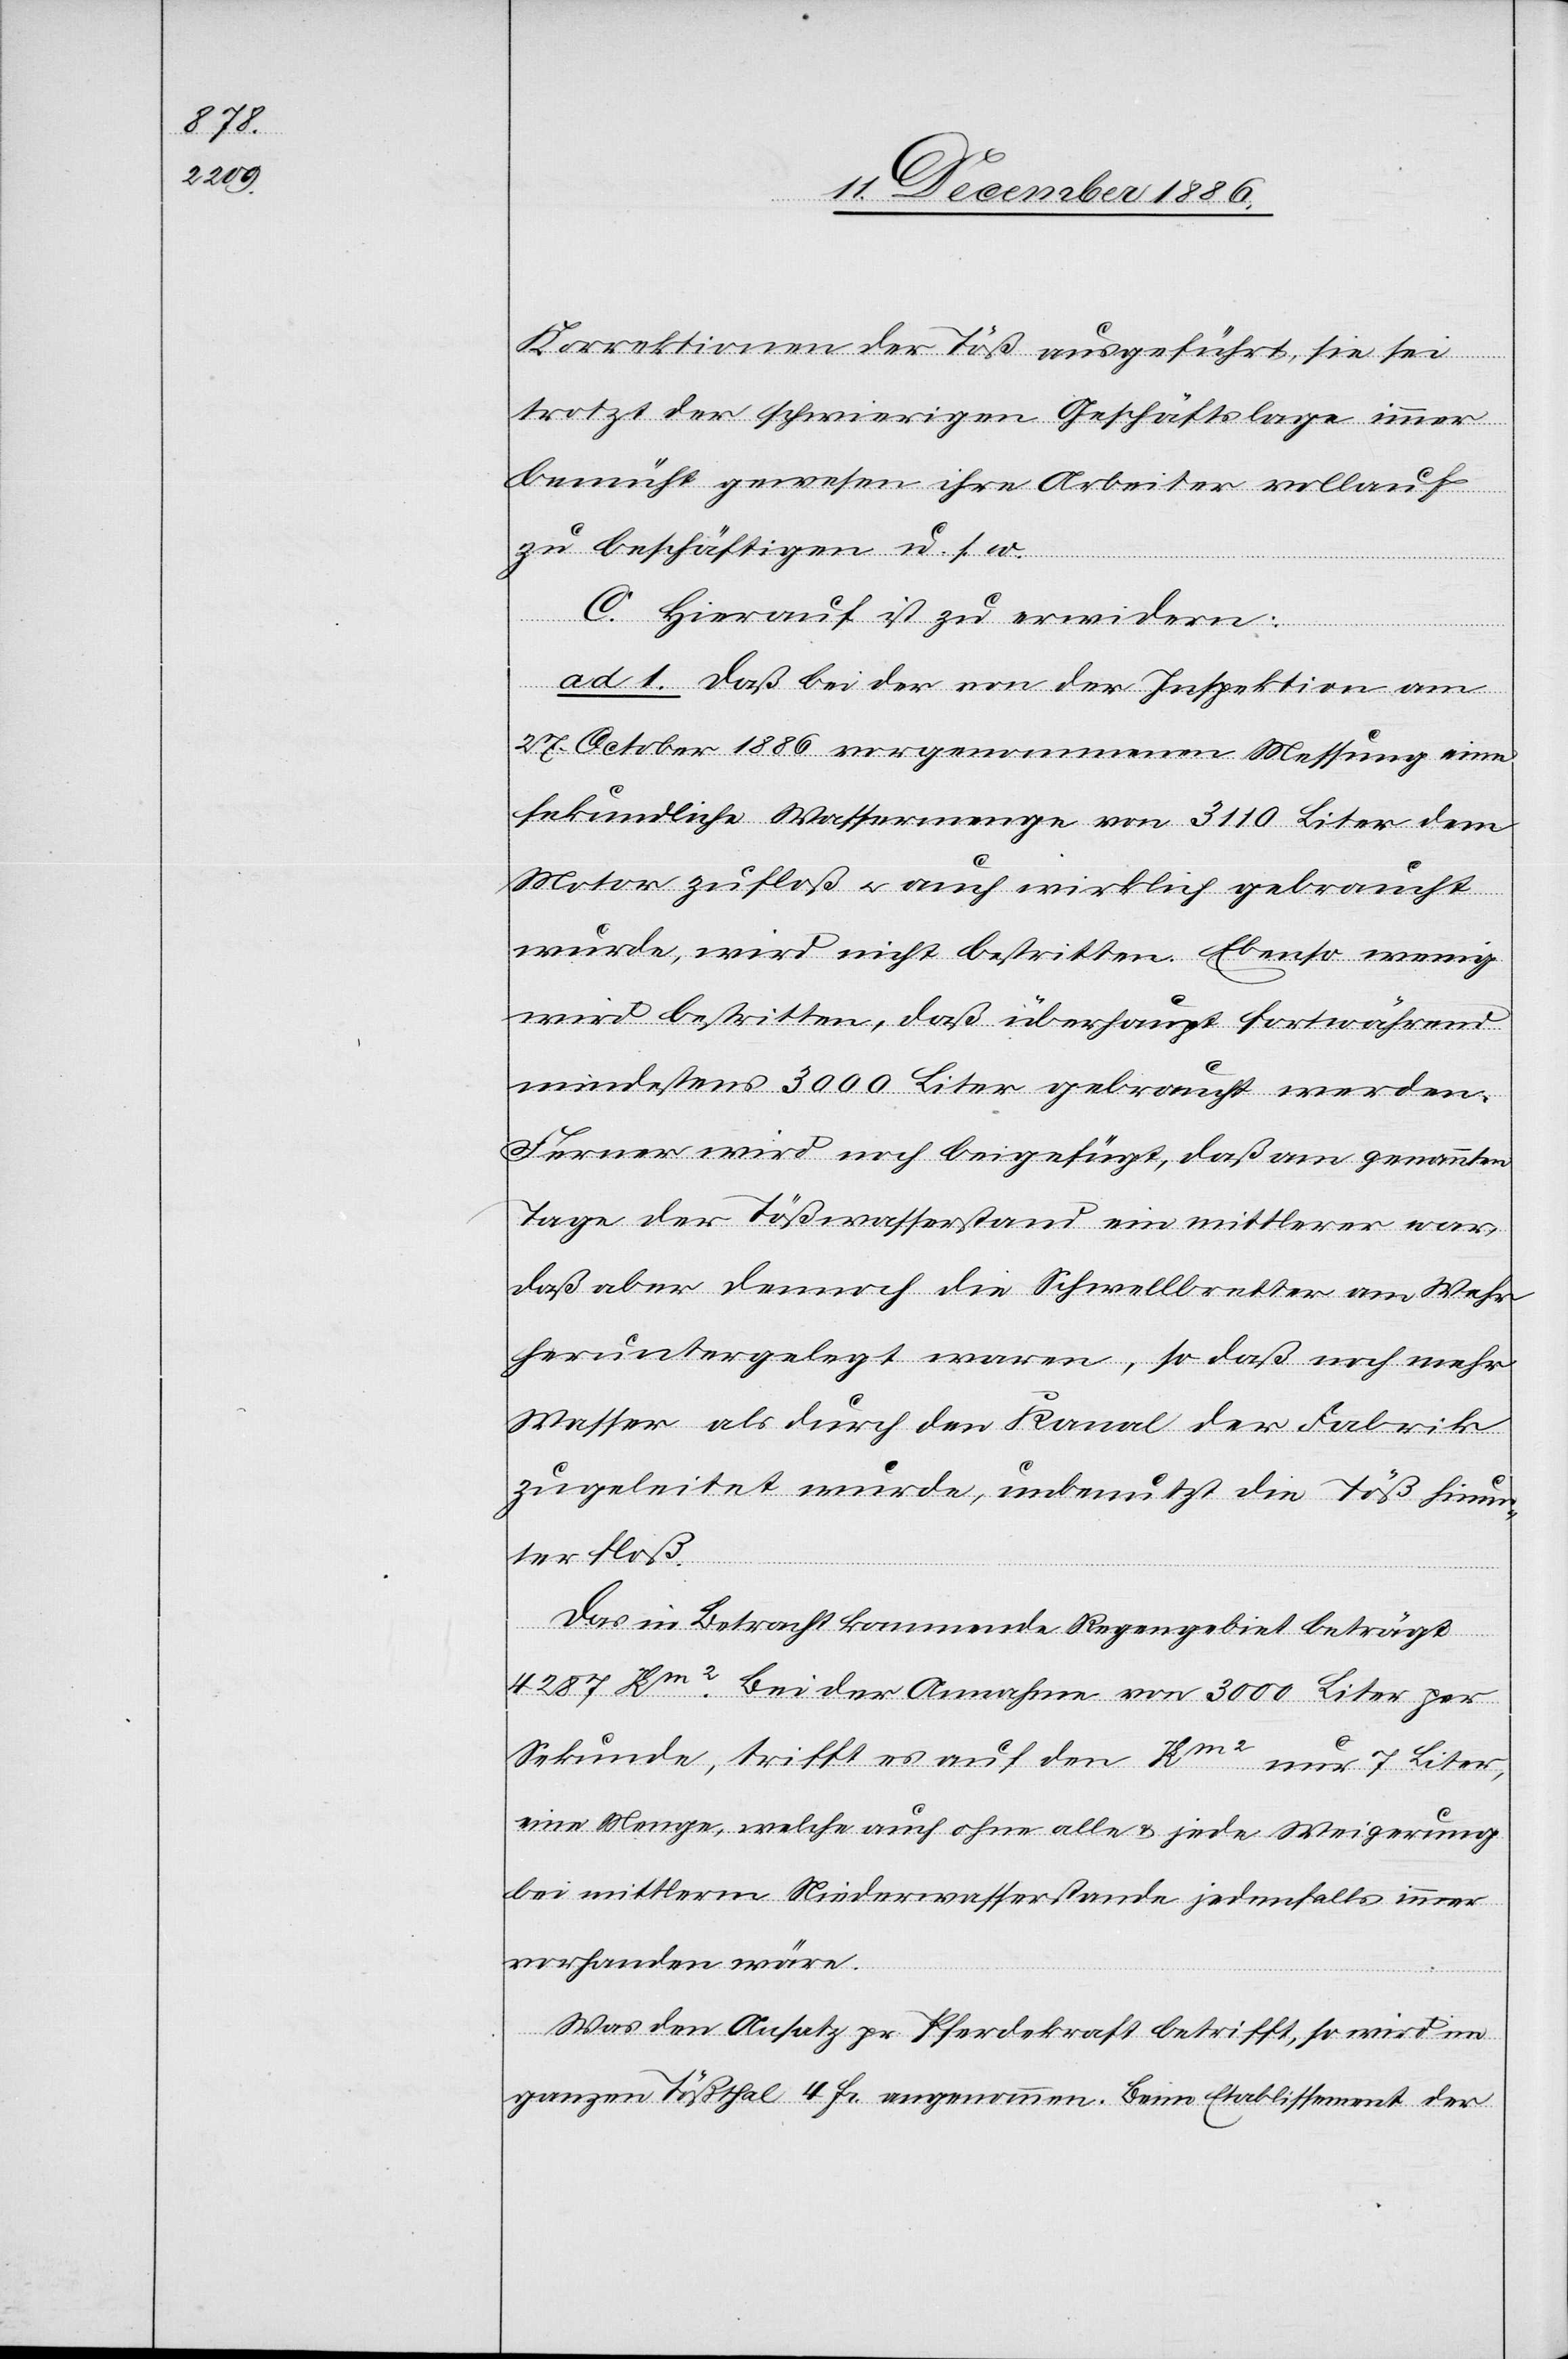
Korrektionen der Töß ausgeführt, sie sei
trotzt [sic!] der schwierigen Geschäftslage immer
bemüht gewesen ihre Arbeiter vollauf
zu beschäftigen u. s. w.
C. Hierauf ist zu erwidern:
ad 1. Daß bei der von der Inspektion am
27. October 1886 vorgenommenen Messung eine
sekundliche Wassermenge von 3110 Liter dem
Motor zufloß & auch wirklich gebraucht
wurde, wird nicht bestritten. Ebenso wenig
wird bestritten, daß überhaupt fortwährend
mindestens 3000 Liter gebraucht werden.
Ferner wird noch beigefügt, daß am genannten
Tage der Tößwasserstand ein mittlerer war,
daß aber dennoch die Schwellbretter am Wehr
heruntergelegt waren, so daß noch mehr
Wasser als durch den Kanal der Fabrik
zugeleitet wurde, unbenutzt die Töß hinun¬
ter floß.
Das in Betracht kommende Regengebiet beträgt
4287 Km2. Bei der Annahme von 3000 Liter per
Sekunde, trifft es auf den Km2 nur 7 Liter,
eine Menge, welche auch ohne alle & jede Weigerung
bei mittlerm Niederwasserstande jedenfalls immer
vorhanden wäre.
Was den Ansatz pr. Pferdekraft betrifft, so wird im
ganzen Tößthal 4 Fr. angenommen. Beim Etablissement der